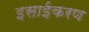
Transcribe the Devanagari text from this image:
इसाईकरण